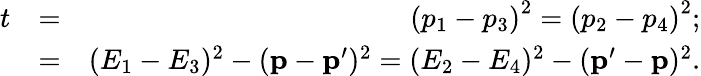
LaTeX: \begin{array}{rlr}{t}&{=}&{\left(p_{1}-p_{3}\right)^{2}=\left(p_{2}-p_{4}\right)^{2};}\\ &{=}&{(E_{1}-E_{3})^{2}-(\mathbf{p}-\mathbf{p}^{\prime})^{2}=(E_{2}-E_{4})^{2}-(\mathbf{p}^{\prime}-\mathbf{p})^{2}.}\end{array}